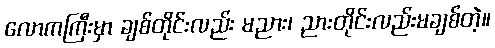
လောကကြီးမှာ ချစ်တိုင်းလည်း မညား၊ ညားတိုင်းလည်းမချစ်တဲ့။